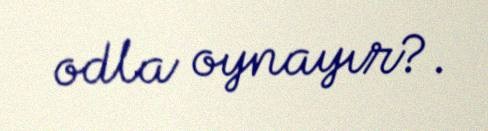
odla oynayır?.